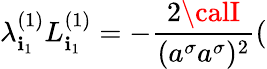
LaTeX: \lambda_{\mathbf{i}_{1}}^{(1)}L_{\mathbf{i}_{1}}^{(1)}=-\frac{{2{\calI}}}{{(a^{\sigma}a^{\sigma})^{2}}}(